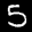
Label: 5